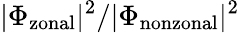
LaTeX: |\Phi_{\mathrm{zonal}}|^{2}/|\Phi_{\mathrm{nonzonal}}|^{2}